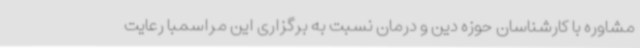
مشاوره با کارشناسان حوزه دین و درمان نسبت به برگزاری این مراسمبا رعایت